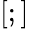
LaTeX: [;]